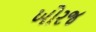
ખોરજ